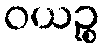
ဝယဉ္စ